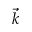
\vec { k }